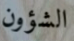
الشؤون